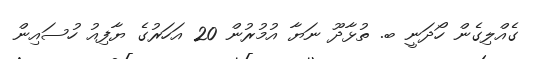
ގެއްލިގެން ހޯދަނީ ބ. ތުޅާދޫ ނަޔާ އުމުރުން 20 އަހަރުގެ ޔާފިއު ހުސައިން